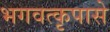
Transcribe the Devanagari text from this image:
भगवत्‍कृपासे